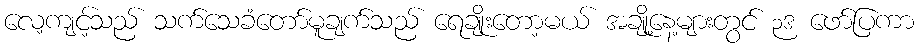
လေ့ကျင့်သည် သက်သေခံတော်မူချက်သည် ရေချိုးတော့မယ် အချို့နေ့များတွင် ၃ဒ ဖော်ပြကာ